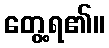
တွေ့ရ၏။